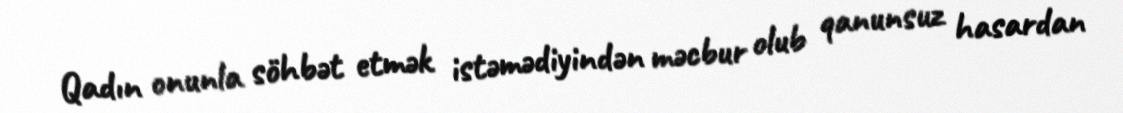
Qadın onunla söhbət etmək istəmədiyindən məcbur olub qanunsuz hasardan